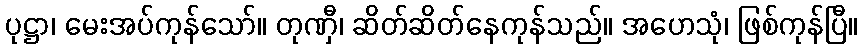
ပုဋ္ဌာ၊ မေးအပ်ကုန်သော်။ တုဏှီ၊ ဆိတ်ဆိတ်နေကုန်သည်။ အဟေသုံ၊ ဖြစ်ကုန်ပြီ။